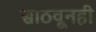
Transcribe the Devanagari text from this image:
साठवूनही